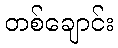
တစ်ချောင်း